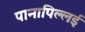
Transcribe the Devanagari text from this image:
पानापिल्लई